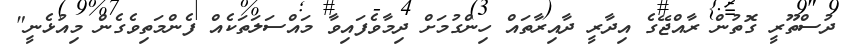
ދުސްތޫރީ ގޮތުން ރާއްޖޭގެ އިދާރީ ދާއިރާތައް ހިންގުމަށް ދިމާވެފައިވާ މައްސަލަތަކެއް ފެންމަތިވެގެން މިއުޅެނީ"